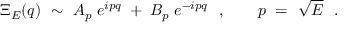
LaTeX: \Xi _ { E } ( q ) \ \sim \ A _ { p } \; e ^ { i p q } \; + \; B _ { p } \; e ^ { - i p q } \ \ , \qquad p \ = \ \sqrt { E } \ \ .